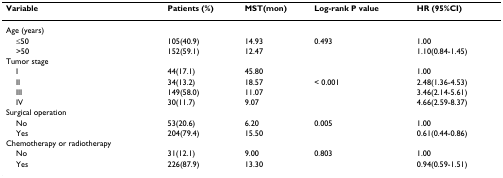
| Variable | Patients (%) | MST(mon) | Log-rank P value | HR (95%CI) |
 | --- | --- | --- | --- | --- |
 | Age (years) |  |  |  |  |
 | ≤50 | 105(40.9) | 14.93 | 0.493 | 1.00 |
 | >50 | 152(59.1) | 12.47 |  | 1.10(0.84-1.45) |
 | Tumor stage |  |  |  |  |
 | I | 44(17.1) | 45.80 |  | 1.00 |
 | II | 34(13.2) | 18.57 | < 0.001 | 2.48(1.36-4.53) |
 | III | 149(58.0) | 11.07 |  | 3.46(2.14-5.61) |
 | IV | 30(11.7) | 9.07 |  | 4.66(2.59-8.37) |
 | Surgical operation |  |  |  |  |
 | No | 53(20.6) | 6.20 | 0.005 | 1.00 |
 | Yes | 204(79.4) | 15.50 |  | 0.61(0.44-0.86) |
 | Chemotherapy or radiotherapy |  |  |  |  |
 | No | 31(12.1) | 9.00 | 0.803 | 1.00 |
 | Yes | 226(87.9) | 13.30 |  | 0.94(0.59-1.51) |